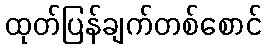
ထုတ်ပြန်ချက်တစ်စောင်